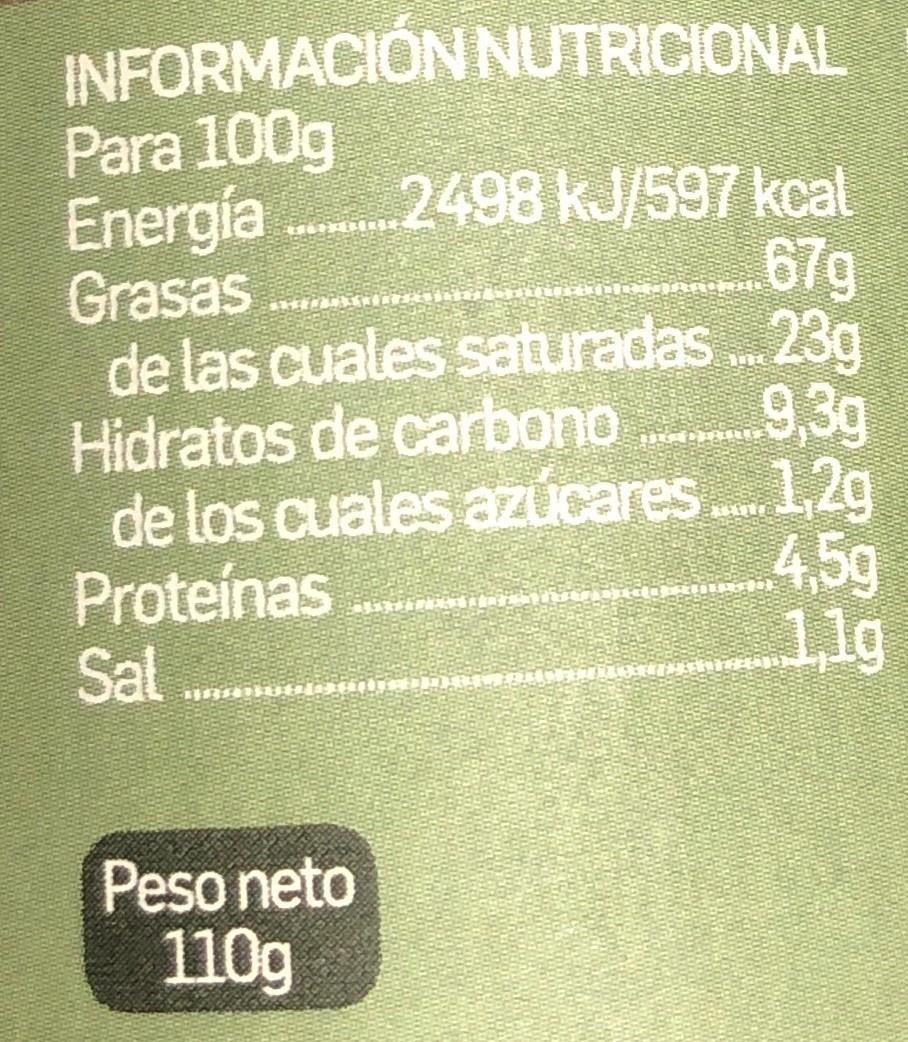
INFORMACIÓN NUTRICIONAL Para 100g Energía Grasas de las cuales saturadas. 23g Hidratos de carbono de los cuales aZucares.. 1,2g Proteínas Sal 2498 kJ/597 kcal 67g 9,3g 4,5g 1,1g Peso neto 110g